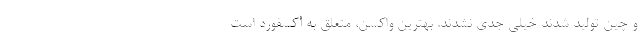
و چین تولید شدند خیلی جدی نشدند. بهترین واکسن، متعلق به آکسفورد است